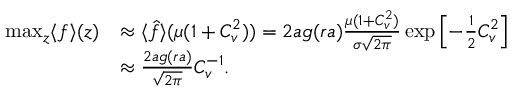
\begin{array} { r l } { \operatorname* { m a x } _ { z } \langle f \rangle ( z ) } & { \approx \langle \hat { f } \rangle ( \mu ( 1 + C _ { v } ^ { 2 } ) ) = 2 a g ( r a ) \frac { \mu ( 1 + C _ { v } ^ { 2 } ) } { \sigma \sqrt { 2 \pi } } \exp \left[ - \frac { 1 } { 2 } C _ { v } ^ { 2 } \right] } \\ & { \approx \frac { 2 a g ( r a ) } { \sqrt { 2 \pi } } C _ { v } ^ { - 1 } . } \end{array}